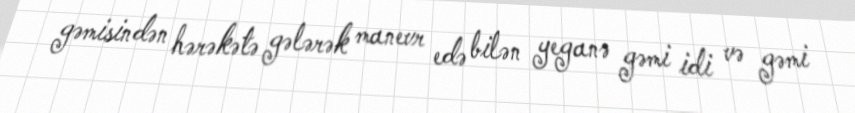
gəmisindən hərəkətə gələrək manevr edə bilən yeganə gəmi idi və gəmi